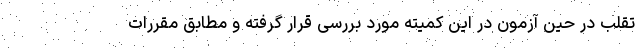
تقلب در حین آزمون در این کمیته مورد بررسی قرار گرفته و مطابق مقررات